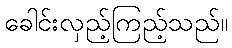
ခေါင်းလှည့်ကြည့်သည်။